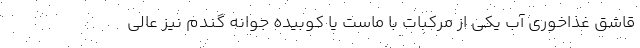
قاشق غذاخوری آب یکی از مرکبات با ماست یا کوبیده جوانه گندم نیز عالی